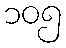
၁၀၅